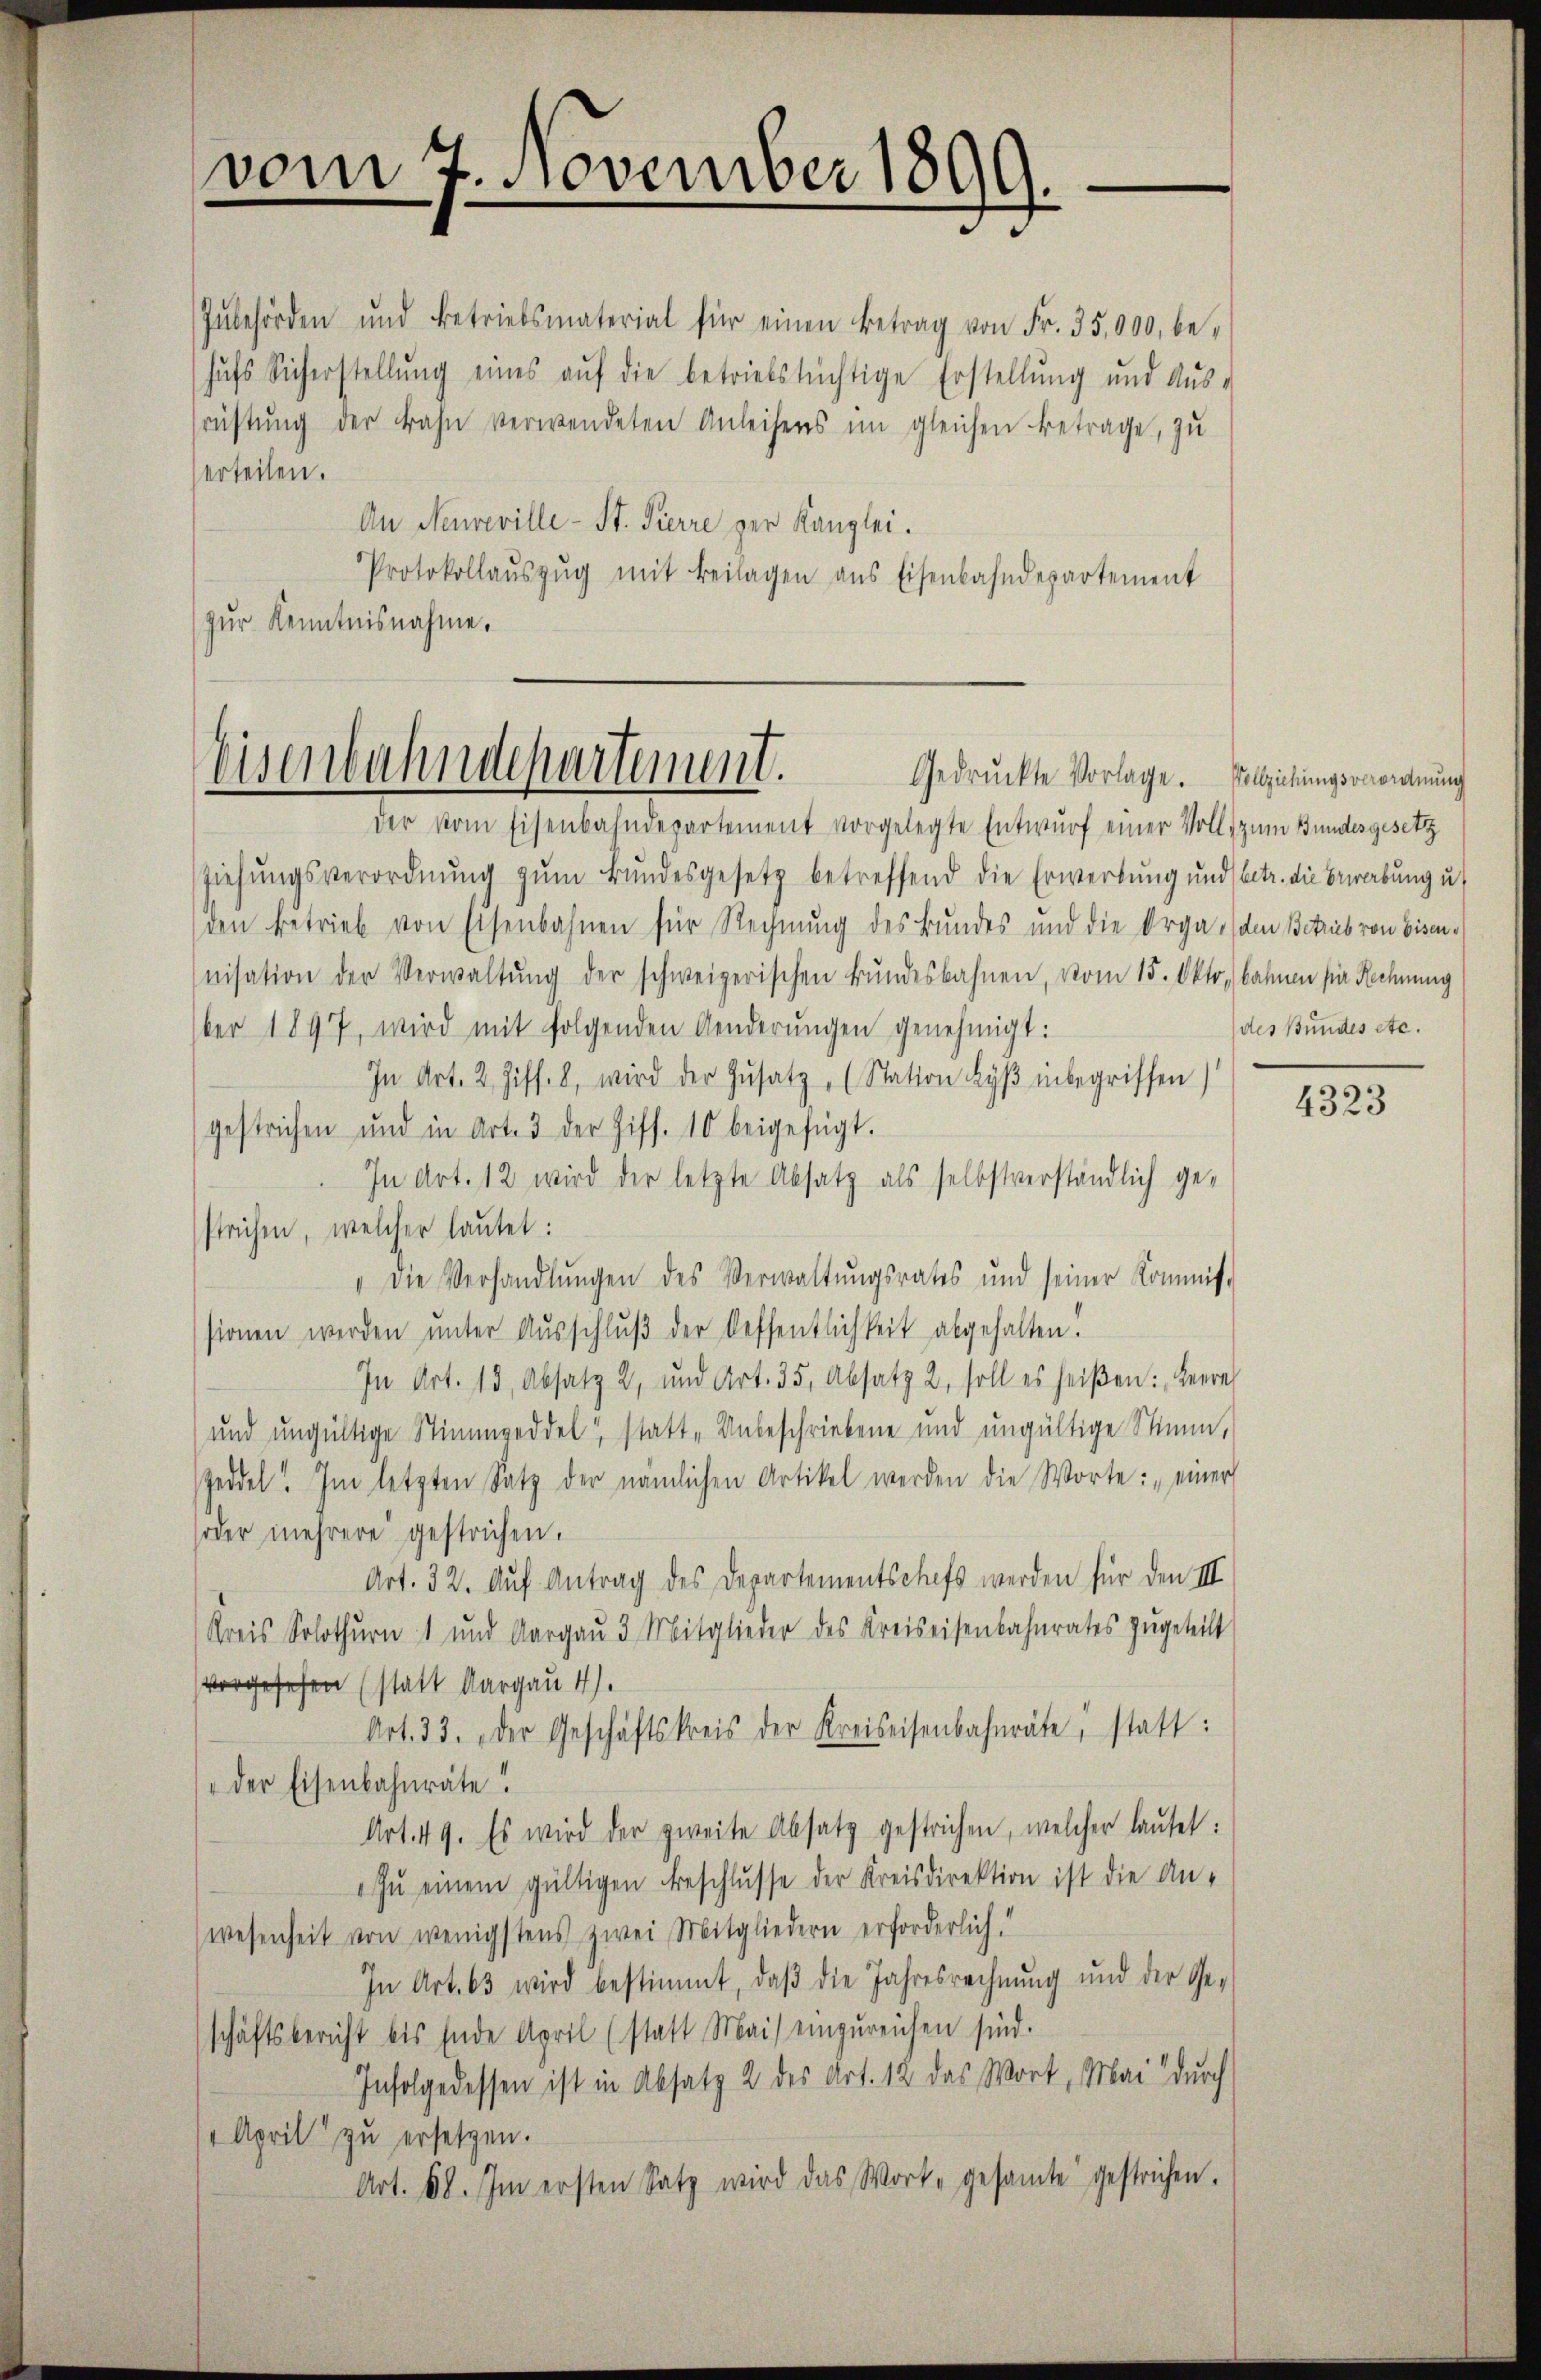
Inbehörden und Betriebsmaterial für einen Betrag von Fr. 35,000, behŭfs Sicherstellŭng eines aŭf die betriebstüchtige Erstellŭng und Aŭs-
rüstŭng der Bahn verwendeten Anleihens im gleichen Betrage, zu
erteilen.
An Neuveville- St. Pierre zur Kanzlei.
Protokollaŭszŭg mit Beilagen ans Eisenbahndepartement
zur Kenntnisnahme.

vom 7. November 1899

Eisenbahndepartement.

der vom Eisenbahndepartement vorgelegte Entwurf einer Voll- zum Bundesgesetz
Ziehŭngsverordnŭng zŭm Bŭndesgesetz betreffend die Erwerbŭng und betr. die Bewerbung u.
den betrieb von Eisenbahnen für Rechnung des Bundes und die Orga, den Betrieb von Eisennisation der Verwaltŭng der schweizerischen Bŭndesbahnen, vom 15. Okto, bahnen sie Rechnung
ber 1897, wird mit folgenden Aenderungen genehmigt:
In Art. 2 Ziff. 8, wird der Zŭsatz, (Station Lyβ inbegriffen)
gestrichen und in Art. 3 der Ziff. 10 beigefügt.
In Art. 12 wird der letzte Absatz als selbstverständlich gestrichen, welcher lautet:
" die Verhandlŭngen des Verwaltŭngsrates und seiner Kommis-
sionen werden ŭnter Aŭsschlŭβ der Oeffentlichkeit abgehalten.
In Art. 15, Absatz 2, und Art. 35, Absatz 2, soll es heißen: Leere
und ungültige Stimmzeddel statt, Unbeschriebene und ungültige Stimm,
szeddel! Im letzten Satz der nämlichen Artikel werden die Worte: einer
soder mehrere gestrichen.
Art. 32. Aŭf Antrag des Departementschefs werden für den III
Kreis Solothurn 1 und Aargaŭ 3 Mitglieder des Kreiseisenbahnrates zŭgeteilt
vorgesehen (statt Aargau 4).
Art. 33. Der Geschäftskreis der Kreiseisenbahnräte, statt:
" der Eisenbahnräte!
Art. 49. Es wird der zweite Absatz gestrichen, welcher laŭtet:
zŭ einem gültigen Beschlŭsse der Kreisdirektion ist die An-
wesenheit von wenigstens zwei Mitgliedern erforderlich.“
In Art. 63 wird bestimmt, daβ die Jahresrechnŭng und der Ge-
schäftsbericht bis Ende April (statt Mai einzŭreichen sind.
Infolgedessen ist in Absatz 2 des Art. 12 das Wort, Mai durch
 April zu ersetzen.
Art. 68. Im ersten Satz wird das Wort, gesamte gestrichen.

Gedruckte Vorlage. Vollziehungsverordnung

(des Bundes etc.

4323